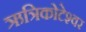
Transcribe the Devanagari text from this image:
ऋत्रिकोटेश्‍वर